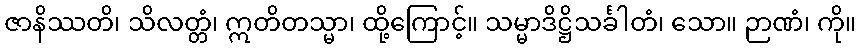
ဇာနိဿတိ၊ သိလတ္တံ၊ ဣတိတသ္မာ၊ ထို့ကြောင့်။ သမ္မာဒိဋ္ဌိသင်္ခါတံ၊ သော။ ဉာဏံ၊ ကို။